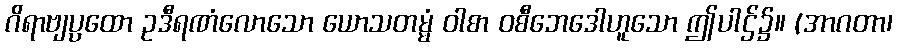
ဂိရာဗျပ္ပထော ဥဒီရဏံလောသော ယောသတမ္မံ ဝါစာ ဝစီဘေဒေါဟူသော ဤပါဌ်၌။ (အာဂတာ၊